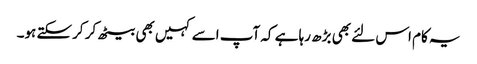
یہ کام اس لئے بھی بڑھ رہا ہے کہ آپ اسے کہیں بھی بیٹھ کر کرسکتے ہو۔